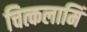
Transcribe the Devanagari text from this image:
चित्कलामिं